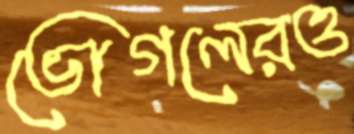
ভোগলেরও